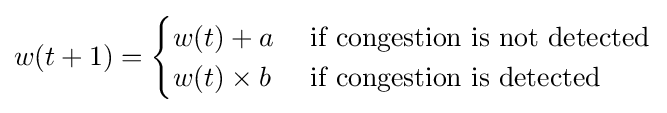
w(t+1)={\begin{cases}w(t)+a&{\text{ if congestion is not detected}}\\w(t)\times b&{\text{ if congestion is detected}}\end{cases}}